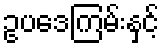
ဥပဒေကြမ်းနှင့်